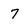
Character: 7